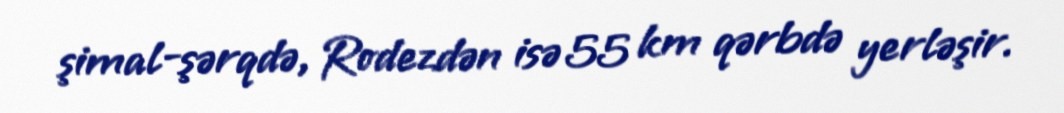
şimal-şərqdə, Rodezdən isə 55 km qərbdə yerləşir.